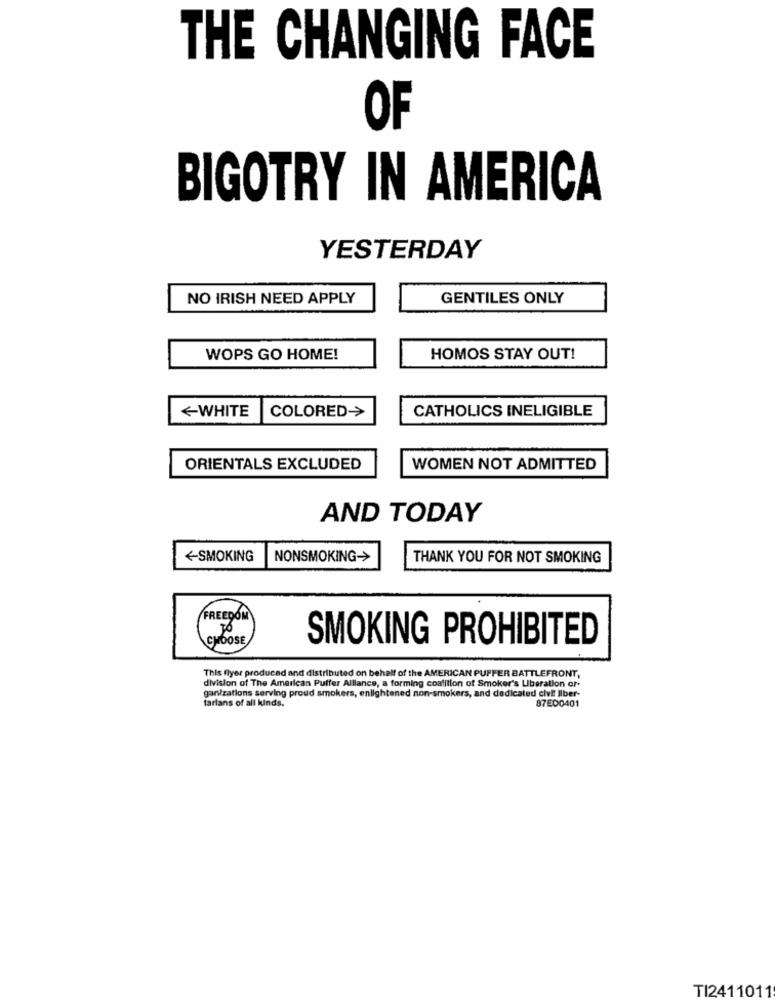
THE CHANGING FACE
OF
BIGOTRY IN AMERICA
YESTERDAY
NO IRISH NEED APPLY
GENTILES ONLY
WOPS GO HOME!
HOMOS STAY OUT!
CATHOLICS INELIGIBLE
<WHITE
COLORED->
ORIENTALS EXCLUDED
WOMEN NOT ADMITTED
AND TODAY
<SMOKING
NONSMOKING->
THANK YOU FOR NOT SMOKING
FREEDOM
CHOOSE
SMOKING PROHIBITED
This flyer produced and distributed on behalf of the AMERICAN PUFFER BATTLEFRONT,
division of The American Puffer Alliance, a forming coalition of Smoker's Liberation or-
ganzations serving proud smokers, enlightened non-smokers, and dedicated civil liber-
farlans of all kunds.
87ED0401
TI2411011